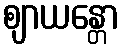
ဈာယန္တော